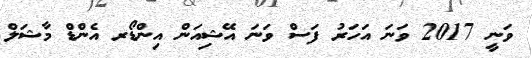
ވަނީ 2017 ވަނަ އަހަރު ފަސް ވަނަ އޭޝިއަން އިންޑޯރ އެންޑް މާޝަލް